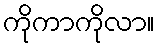
ကိုကာကိုလာ။